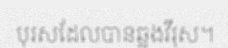
បុរសដែលបានឆ្លងវីរុស។